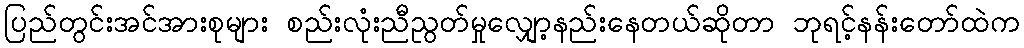
ပြည်တွင်းအင်အားစုများ စည်းလုံးညီညွတ်မှုလျှော့နည်းနေတယ်ဆိုတာ ဘုရင့်နန်းတော်ထဲက